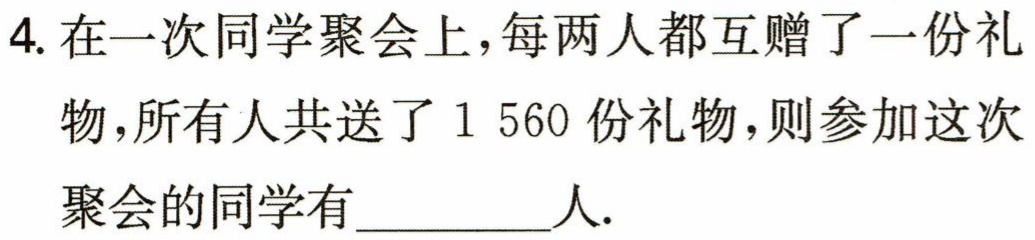
4. 在一次同学聚会上，每两人都互赠了一份礼物，所有人共送了1 560 份礼物，则参加这次聚会的同学有_________人.